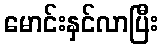
မောင်းနှင်လာပြီး